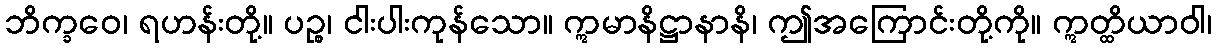
ဘိက္ခဝေ၊ ရဟန်းတို့။ ပဉ္စ၊ ငါးပါးကုန်သော။ ဣမာနိဋ္ဌာနာနိ၊ ဤအကြောင်းတို့ကို။ ဣတ္ထိယာဝါ၊